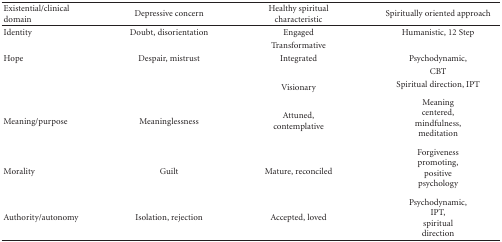
<table><thead><tr><td><b>Existential/clinical domain</b></td><td><b>Depressive concern</b></td><td><b>Healthy spiritual characteristic</b></td><td><b>Spiritually oriented approach</b></td></tr></thead><tbody><tr><td>Identity</td><td>Doubt, disorientation</td><td>Engaged</td><td>Humanistic, 12 Step</td></tr><tr><td></td><td></td><td>Transformative</td><td></td></tr><tr><td>Hope</td><td>Despair, mistrust</td><td>Integrated</td><td>Psychodynamic,</td></tr><tr><td></td><td></td><td></td><td>CBT</td></tr><tr><td></td><td></td><td>Visionary</td><td>Spiritual direction, IPT</td></tr><tr><td>Meaning/purpose</td><td>Meaninglessness</td><td>Attuned, contemplative</td><td>Meaning centered, mindfulness,meditation</td></tr><tr><td>Morality</td><td>Guilt</td><td>Mature, reconciled</td><td>Forgivenesspromoting, positivepsychology</td></tr><tr><td>Authority/autonomy</td><td>Isolation, rejection</td><td>Accepted, loved</td><td>Psychodynamic, IPT, spiritualdirection</td></tr></tbody></table>